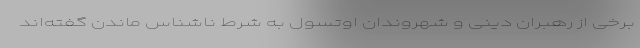
برخی از رهبران دینی و شهروندان اوتسول به شرط ناشناس ماندن گفته‌اند